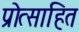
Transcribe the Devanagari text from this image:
प्रॊत्साहित